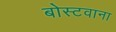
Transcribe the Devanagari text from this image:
बोस्टवाना